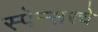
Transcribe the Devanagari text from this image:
स्पेन्सरचे